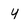
Character: y